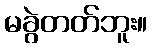
မခွဲတတ်ဘူး။